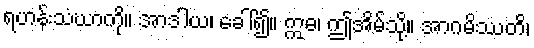
ရဟန်းသံဃာကို။ အာဒါယ၊ ခေါ်၍။ ဣဓ၊ ဤအိမ်သို့။ အာဂမိဿတိ၊